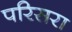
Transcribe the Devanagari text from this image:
परिसरा